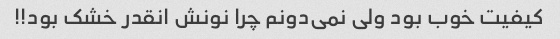
کیفیت خوب بود ولی نمی‌دونم چرا نونش انقدر خشک بود!!